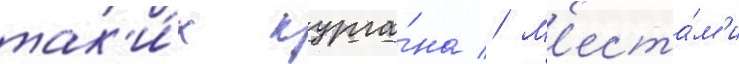
так'и́х курга́на // М'еста́м'и